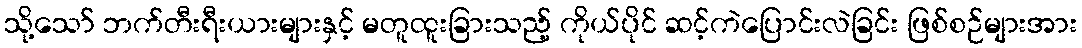
သို့သော် ဘက်တီးရီးယားများနှင့် မတူထူးခြားသည့် ကိုယ်ပိုင် ဆင့်ကဲပြောင်းလဲခြင်း ဖြစ်စဉ်များအား